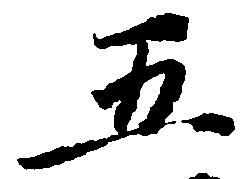
五